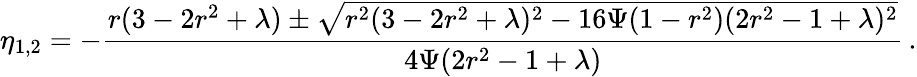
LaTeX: \eta_{1,2}=-\frac{r(3-2r^{2}+\lambda)\pm\sqrt{r^{2}(3-2r^{2}+\lambda)^{2}-16\Psi(1-r^{2})(2r^{2}-1+\lambda)^{2}}}{4\Psi(2r^{2}-1+\lambda)}\, .